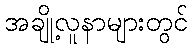
အချို့လူနာများတွင်